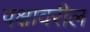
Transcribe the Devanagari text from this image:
पक्षावरील